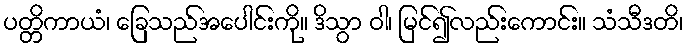
ပတ္တိကာယံ၊ ခြေသည်အပေါင်းကို။ ဒိသွာ ဝါ၊ မြင်၍လည်းကောင်း။ သံသီဒတိ၊